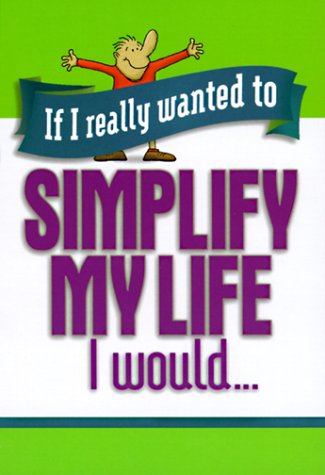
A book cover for If I Really Wanted to Simplify My Life I Would .. (If I Really Wanted Too...); Honor Books; Self-Help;